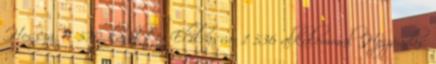
Hossza: 9 570 karakter Elolvasva: 1 536 alkalommal Hozzáadás